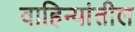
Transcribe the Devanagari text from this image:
वाहिन्यांतील